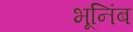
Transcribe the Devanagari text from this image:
भूनिंब